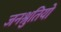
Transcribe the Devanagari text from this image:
जनश्रुतियो